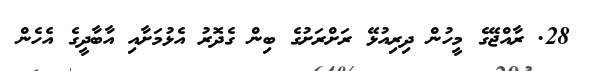
28. ރާއްޖޭގެ މީހުން ދިރިއުޅޭ ރަށްރަށުގެ ބިން ގެދޮރު އެޅުމަށާއި އާބާދީގެ އެހެން